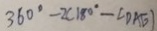
3 6 0 ^ { \circ } - 2 ( 1 8 0 ^ { \circ } - \angle D A E )